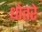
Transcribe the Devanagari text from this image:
धोतरे